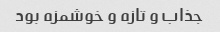
جذاب و تازه و خوشمزه بود